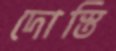
দোস্তি